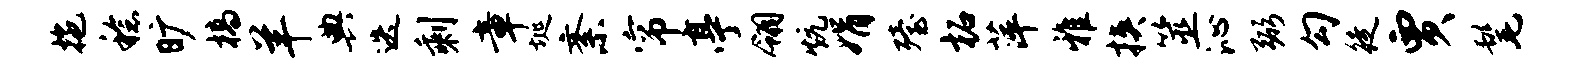
拖稔旷槁羊典迭剩章埏紊帘亭翎炕娟殪柘萍雅挟筮沁弼勾徒贾髦